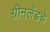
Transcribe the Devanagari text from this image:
ग्रीनलँडचे